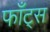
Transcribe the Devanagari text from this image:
फाँट्‌स